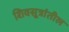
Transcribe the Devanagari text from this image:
शिवसूत्रांतील